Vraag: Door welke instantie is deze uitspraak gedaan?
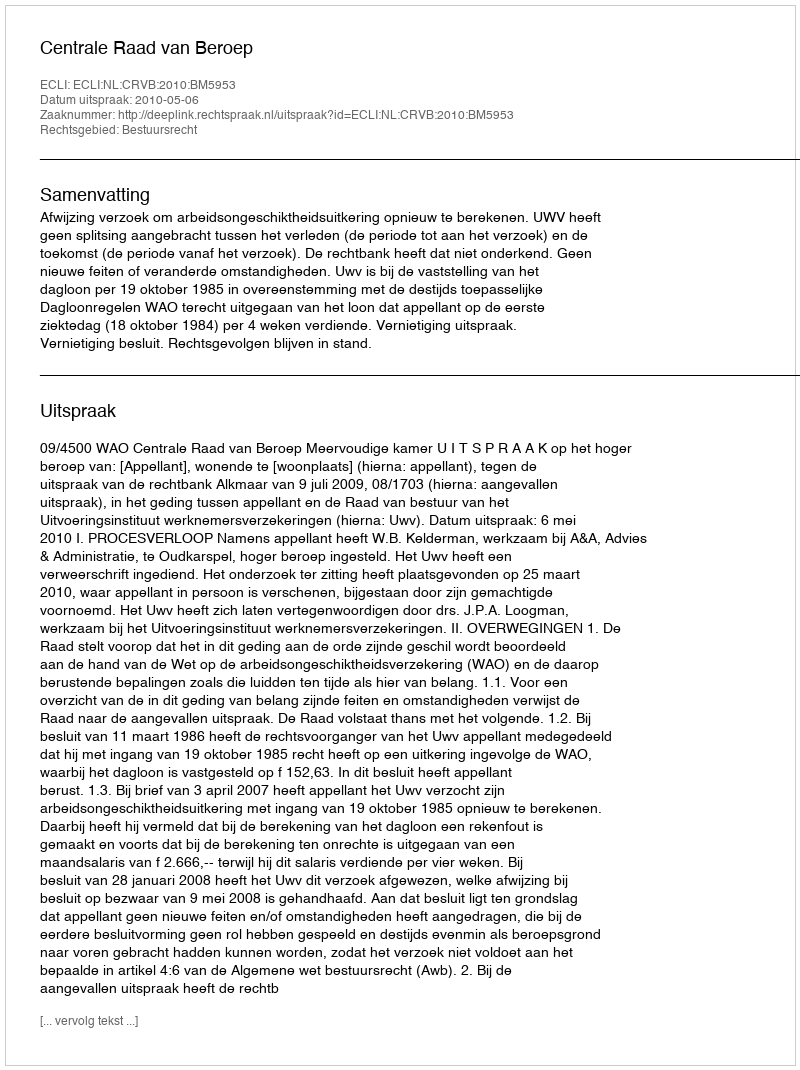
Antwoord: Centrale Raad van Beroep